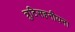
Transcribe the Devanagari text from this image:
त्रुटिसहनीयना